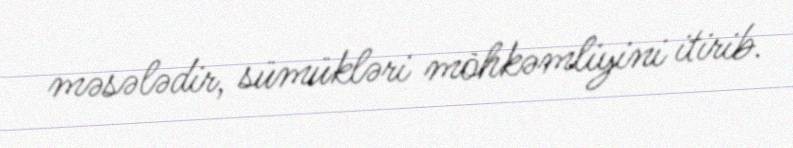
məsələdir, sümükləri möhkəmliyini itirib.